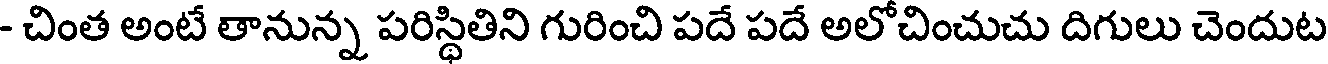
- చింత అంటే తానున్న పరిస్థితిని గురించి పదే పదే అలోచించుచు దిగులు చెందుట